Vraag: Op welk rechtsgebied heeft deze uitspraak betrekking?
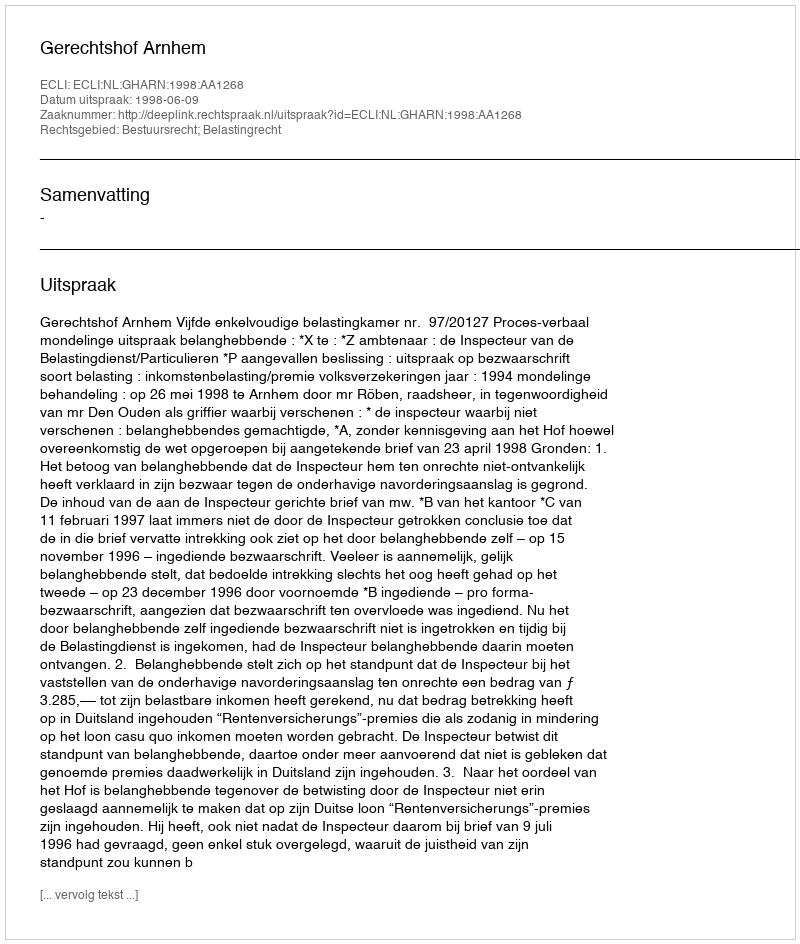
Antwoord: Bestuursrecht; Belastingrecht